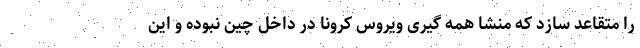
را متقاعد سازد که منشا همه گیری ویروس کرونا در داخل چین نبوده و این